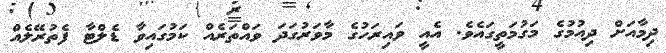
ދިމާއަށް ދިއުމުގެ މަގުމަތީގައެވެ. އެއީ ވައިރަހުގެ މާވަރުގަދަ ވައްތަރެއް ކަމުގައިވާ ޑެލްޓާ ފެތުރޭލެއް